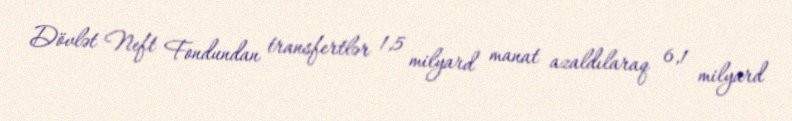
Dövlət Neft Fondundan transfertlər 1,5 milyard manat azaldılaraq 6,1 milyard